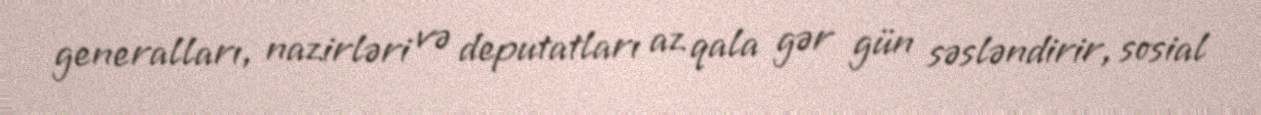
generalları, nazirləri və deputatları az qala gər gün səsləndirir, sosial